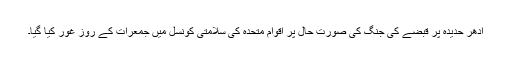
ادھر حدیدہ پر قبضے کی جنگ کی صورت حال پر اقوام متحدہ کی سلامتی کونسل میں جمعرات کے روز غور کیا گیا۔